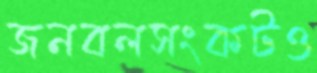
জনবলসংকটও